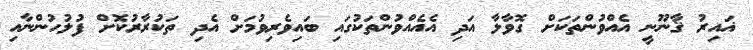
ޣައިރު ޤާނޫނީ އެއްވުންތަކަށް ގޮވާލާ އަދި އެއެއްވުންތަކުގައި ބައިވެރިވުމަށް އެދި ތަކުރާރުކޮށް ފުލުހުންނާއި